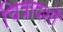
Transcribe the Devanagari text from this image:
चित्रादर्शों